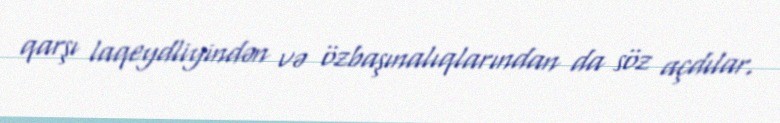
qarşı laqeydliyindən və özbaşınalıqlarından da söz açdılar.